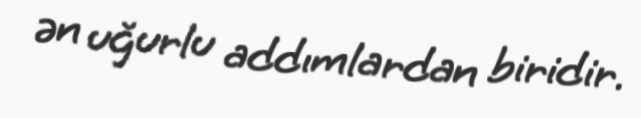
ən uğurlu addımlardan biridir.